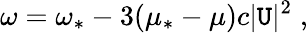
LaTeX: \omega=\omega_{*}-3(\mu_{*}-\mu)c|\mathtt{U}|^{2}\; ,